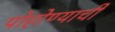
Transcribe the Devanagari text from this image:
पोहोण्याची